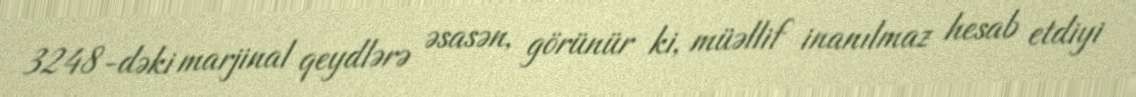
3248-dəki marjinal qeydlərə əsasən, görünür ki, müəllif inanılmaz hesab etdiyi